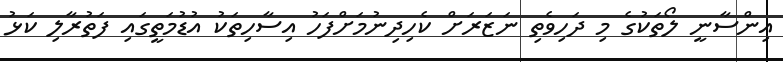
އިންސާނީ ލޯތަކުގެ މި ދަހިވެތި ނަޒަރަށް ކެހިދިނުމަށްފަހު އިސާހިތަކު އުޑުމަތީގައި ފަތުރާލި ކަޅު